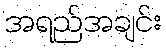
အရည်အချင်း